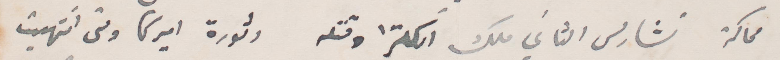
محاكمة تشارلس الثاني ملك إنكلترا وقتله وثورة اميركا ومتي انتهيت